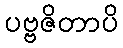
ပဗ္ဗဇိတာပိ